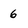
Character: 6